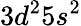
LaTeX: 3d^{2}5s^{2}